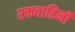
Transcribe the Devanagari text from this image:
रकवाहिनी